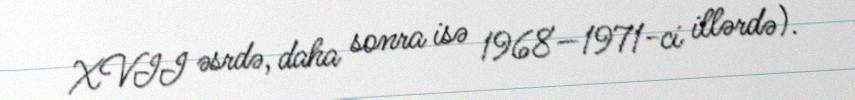
XVII əsrdə, daha sonra isə 1968—1971-ci illərdə).